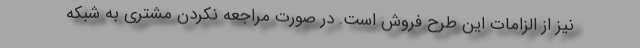
نیز از الزامات این طرح فروش است. در صورت مراجعه نکردن مشتری به شبکه